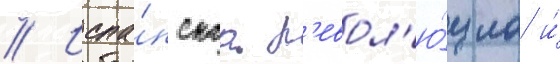
// Испа́нскаа р'евол'ю́циа и́